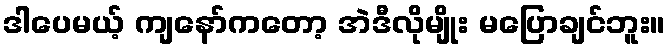
ဒါပေမယ့် ကျနော်ကတော့ အဲဒီလိုမျိုး မပြောချင်ဘူး။